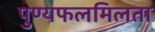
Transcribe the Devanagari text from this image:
पुण्यफलमिलता